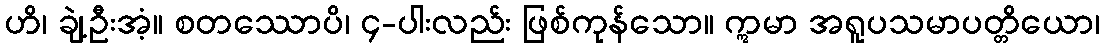
ဟိ၊ ချဲ့ဦးအံ့။ စတဿောပိ၊ ၄-ပါးလည်း ဖြစ်ကုန်သော။ ဣမာ အရူပသမာပတ္တိယော၊